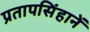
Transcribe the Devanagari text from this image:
प्रतापसिंहानें